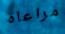
مراعاة